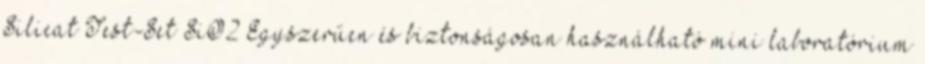
Silicat Test-Set SiO2 Egyszerűen és biztonságosan használható mini laboratórium